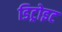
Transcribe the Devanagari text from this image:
डिट्रोइट